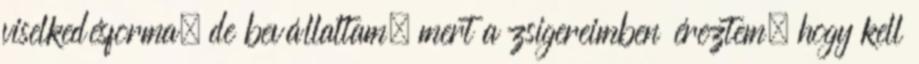
viselkedésforma, de bevállaltam, mert a zsigereimben éreztem, hogy kell